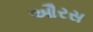
ઔરસ